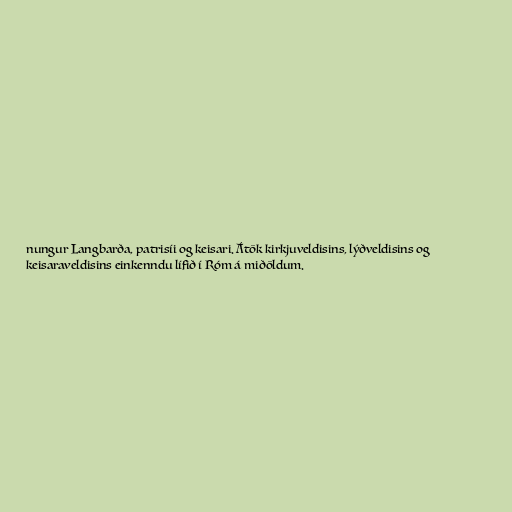
nungur Langbarða, patrisíi og keisari. Átök kirkjuveldisins, lýðveldisins og
keisaraveldisins einkenndu lífið í Róm á miðöldum.